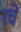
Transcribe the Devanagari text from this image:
रचें